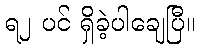
ရ၂ ပင် ရှိခဲ့ပါချေပြီ။